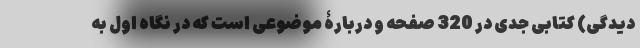
دیدگی) کتابی جدی در 320 صفحه و دربارۀ موضوعی است که در نگاه اول به